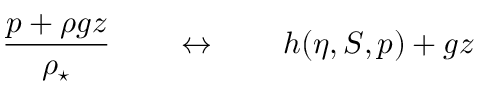
\frac { p + \rho g z } { \rho _ { \star } } \qquad \leftrightarrow \qquad h ( \eta , S , p ) + g z